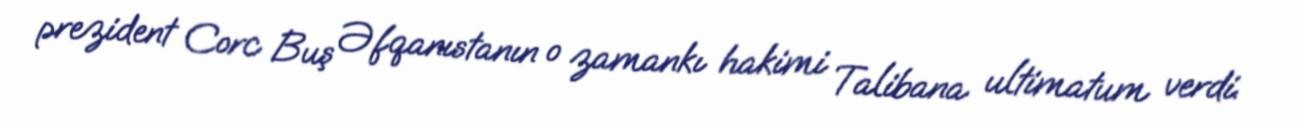
prezident Corc Buş Əfqanıstanın o zamankı hakimi Talibana ultimatum verdi.